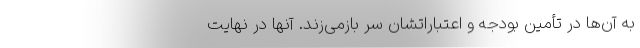
به آن‌ها در تأمین بودجه و اعتباراتشان سر بازمی‌زند. آنها در نهایت